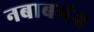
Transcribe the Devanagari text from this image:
नबाबगंज